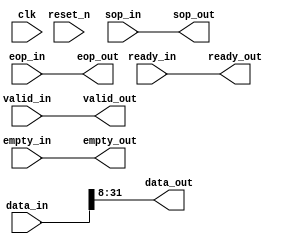
////////////////////////////////////////////////////////////////
//
// Video Pixel Converter
//     (altera_avalon_pixel_converter.v)
//
//
// OVERVIEW
//     This core converts 32-bit data in the format of B-G-R-0 to 24-bit data
//     of format B-G-R by discarding the Least Significant Byte (LSB)
//
// DEPLOYMENT
//     This core is implemented as an SOPC Builder component with a
//     single Avalon-ST data-sink (input) and Avalon-ST data-source
//     (output) signals. An associated TCL Metadata file declares this
//     core and  its interfaces for use in an SOPC Builder system.
//         
// PLACEMENT IN A SYSTEM
//     The outputs from this core can directly drive an LCD display
//     module.  The input is a sequential stream of 32-bit pixel-data in
//     "BGR0".  The output is a sequential stream of 24-bit pixel-data in "BGR".
//
// PARAMETERS
//     No parameter
//
// Typical system
//
//           +--------+        
//           |        |        
//   B,G,R,0 |  This  |  B,G,R  
//   ----/-->|  Core  |----/-->
//     32    |        |    24  
//           +--------+        
//                           
////////////////////////////////////////////////////////////////

module altera_avalon_pixel_converter
(
  // Global Signals
  clk,
  reset_n,

  // Avalon ST sink
  ready_out,
  valid_in,
  data_in,
  sop_in,
  eop_in,
  empty_in,

  // Avalon ST source
  ready_in,
  valid_out,
  data_out,
  sop_out,
  eop_out,
  empty_out
);

  parameter	SOURCE_SYMBOLS_PER_BEAT = 3;
  localparam 	SOURCE_EMPTY_WIDTH = (log2(SOURCE_SYMBOLS_PER_BEAT));
  // Global Signals
  input			clk;
  input 		reset_n;
  

  // Avalon ST sink
  output 		ready_out;
  input 		valid_in;
  input [31:0]	data_in;
  input 		sop_in;
  input 		eop_in;
  input [1:0]   empty_in;

  // Avalon ST source
  input 		ready_in;
  output 		valid_out;
  output [23:0]	data_out;
  output 		sop_out;
  output 		eop_out;
  output [(SOURCE_EMPTY_WIDTH - 1):0]	empty_out;

  function integer log2;
   	input [31:0]        value;
	for (log2=0; value>0; log2=log2+1)
		value = value>>1;
  endfunction

  assign ready_out = ready_in;
  assign valid_out = valid_in;
  assign sop_out = sop_in;
  assign eop_out = eop_in;
  assign empty_out = empty_in;

  assign data_out = data_in[31:8];

endmodule


// synthesis translate_off
// Testbench for the altera_avalon_pixel_converter

module test_altera_avalon_pixel_converter;
   integer      result;
   
   reg          clk;
   reg          reset_n;
   
   reg [31:0]   data_in;
   reg          valid_in;
   reg          sop_in;
   reg          eop_in;
   reg [1:0]    empty_in;
   reg          ready_in;
   
   wire [23:0]  data_out;
   wire         valid_out;
   wire         sop_out;
   wire         eop_out;
   wire [1:0]   empty_out;
   wire         ready_out;
   
   /* The DUT */
   altera_avalon_pixel_converter dut (
     // Global Signals
     .clk(clk),
     .reset_n(reset_n),
   
     // Avalon ST sink
     .ready_out(ready_out),
     .valid_in(valid_in),
     .data_in(data_in),
     .sop_in(sop_in),
     .eop_in(eop_in),
     .empty_in(empty_in),

     // Avalon ST source
     .ready_in(ready_in),
     .valid_out(valid_out),
     .data_out(data_out),
     .sop_out(sop_out),
     .eop_out(eop_out),
     .empty_out(empty_out)
   );
   
   
   
   /* Clock Generator */
   always 
   begin
      clk <= 1'b1 ; 
      #10; 
      clk <= 1'b0 ; 
      #10;
   end
   
   
      
   initial
   begin
      result <= 1;
		
		/* Reset the system */
		reset_n <= 0;
		@(negedge clk);
		reset_n <= 1;
		
		/* Testing Valid Signal */
		$display("\n### Testing Valid Signal ... ###\n");
		data_in  <= 32'h0;
      valid_in <= 1'h1;
      sop_in   <= 1'h0;
      eop_in   <= 1'h0;
      empty_in <= 2'h0;
      ready_in <= 1'h0;
      #1;
		if (data_out  == 24'h0 &&
          valid_out == 1'h1 &&
          sop_out   == 1'h0 &&
          eop_out   == 1'h0 &&
          empty_out == 2'h0 &&
          ready_out == 1'h0)
		begin
			$display("---Passed");
		end
		else
		begin
			$display("---Failed");
			result <= 0;
		end
		
		
		
		/* Testing SOP Signal */
		$display("\n### Testing SOP Signal ... ###\n");
		data_in  <= 32'h0;
      valid_in <= 1'h0;
      sop_in   <= 1'h1;
      eop_in   <= 1'h0;
      empty_in <= 2'h0;
      ready_in <= 1'h0;
      #1;
		if (data_out  == 24'h0 &&
          valid_out == 1'h0 &&
          sop_out   == 1'h1 &&
          eop_out   == 1'h0 &&
          empty_out == 2'h0 &&
          ready_out == 1'h0)
		begin
			$display("---Passed");
		end
		else
		begin
			$display("---Failed");
			result <= 0;
		end
		
		
		
		/* Testing EOP Signal */
		$display("\n### Testing EOP Signal ... ###\n");
		data_in  <= 32'h0;
      valid_in <= 1'h0;
      sop_in   <= 1'h0;
      eop_in   <= 1'h1;
      empty_in <= 2'h0;
      ready_in <= 1'h0;
      #1;
		if (data_out  == 24'h0 &&
          valid_out == 1'h0 &&
          sop_out   == 1'h0 &&
          eop_out   == 1'h1 &&
          empty_out == 2'h0 &&
          ready_out == 1'h0)
		begin
			$display("---Passed");
		end
		else
		begin
			$display("---Failed");
			result <= 0;
		end
		
		
		
		/* Testing Ready Signal */
		$display("\n### Testing Ready Signal ... ###\n");
		data_in  <= 32'h0;
      valid_in <= 1'h0;
      sop_in   <= 1'h0;
      eop_in   <= 1'h0;
      empty_in <= 2'h0;
      ready_in <= 1'h1;
      #1;
		if (data_out  == 24'h0 &&
          valid_out == 1'h0 &&
          sop_out   == 1'h0 &&
          eop_out   == 1'h0 &&
          empty_out == 2'h0 &&
          ready_out == 1'h1)
		begin
			$display("---Passed");
		end
		else
		begin
			$display("---Failed");
			result <= 0;
		end
		
		
		
		/* Testing Data Signal */
		$display("\n### Testing Data Signal ... ###\n");
		data_in  <= 32'h11223344;
      valid_in <= 1'h0;
      sop_in   <= 1'h0;
      eop_in   <= 1'h0;
      empty_in <= 2'h0;
      ready_in <= 1'h0;
      #1;
		if (data_out  == 24'h112233 &&
          valid_out == 1'h0 &&
          sop_out   == 1'h0 &&
          eop_out   == 1'h0 &&
          empty_out == 2'h0 &&
          ready_out == 1'h0)
		begin
			$display("---Passed");
		end
		else
		begin
			$display("---Failed");
			result <= 0;
		end
		
		
		
		/* Display overall result */
		#1;
		if (result == 1)
		begin
			$display("\n\n------ Simulation Passed ------\n\n");
		end
		else
		begin
			$display("\n\n------ Simulation Failed ------\n\n");
		end
		
		
		$stop;
		
       
   end
   
   

endmodule

// synthesis translate_on